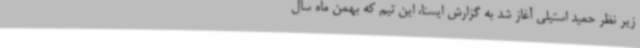
زیر نظر حمید استیلی آغاز شد به گزارش ایسنا، این تیم که بهمن ماه سال